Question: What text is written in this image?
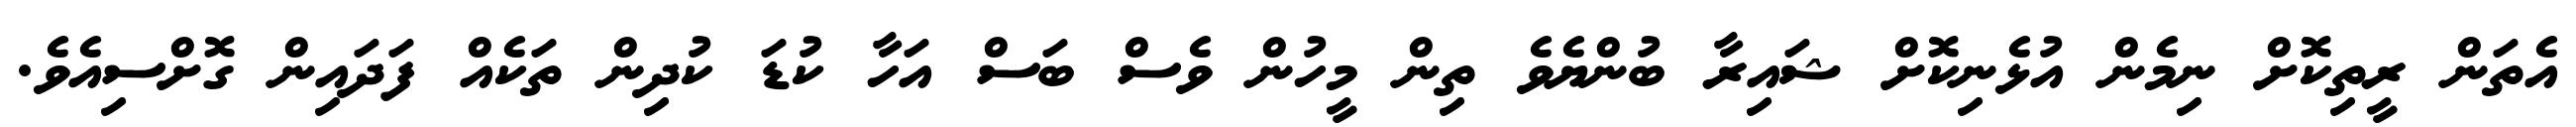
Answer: އެތަން ރީތިކޮށް ނިމެން އުޅެނިކޮށް ޝައިރާ ބުންޔެވެ ތިން މީހުން ވެސް ބަސް އަހާ ކުޑަ ކުދިން ތަކެއް ފަދައިން ގޮށްސިއެވެ.